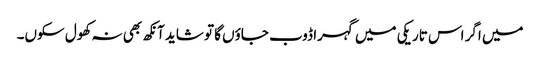
میں اگر اس تاریکی میں گہرا ڈوب جاؤں گا تو شاید آنکھ بھی نہ کھول سکوں۔